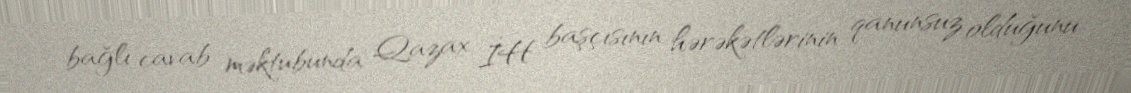
bağlı cavab məktubunda Qazax İH başçısının hərəkətlərinin qanunsuz olduğunu